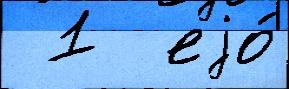
 1  еjо́